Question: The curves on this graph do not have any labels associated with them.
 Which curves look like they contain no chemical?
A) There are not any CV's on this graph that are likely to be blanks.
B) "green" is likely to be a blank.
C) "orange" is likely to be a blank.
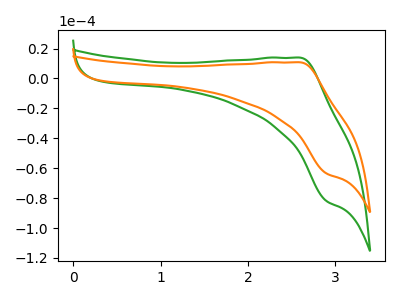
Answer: <think>The green curve "green" has an anodic peak at (2.60V, 13.95uA) and a cathodic peak at (2.90V, -81.95uA). The orange curve "orange" has an anodic peak at (2.60V, 10.80uA) and a cathodic peak at (2.90V, -63.50uA).</think>
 <answer>A) There are not any CV's on this graph that are likely to be blanks.</answer>
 <eval>A</eval>